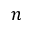
n